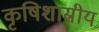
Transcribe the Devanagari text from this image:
कृषिशास्रीय